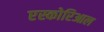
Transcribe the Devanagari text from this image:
एस्कोरिआल